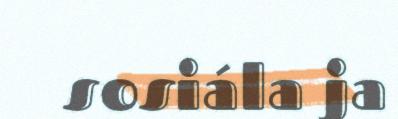
sosiála ja